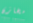
مخازن